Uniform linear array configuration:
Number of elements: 48
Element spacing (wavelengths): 0.5
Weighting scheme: cosine
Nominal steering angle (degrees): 0
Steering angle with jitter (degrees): -1.852
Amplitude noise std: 0.05
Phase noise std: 0.05

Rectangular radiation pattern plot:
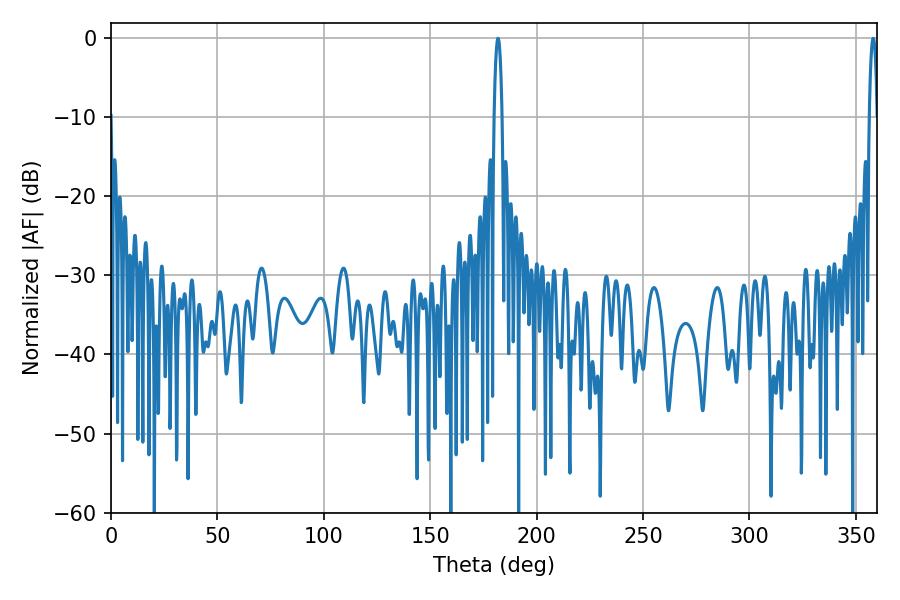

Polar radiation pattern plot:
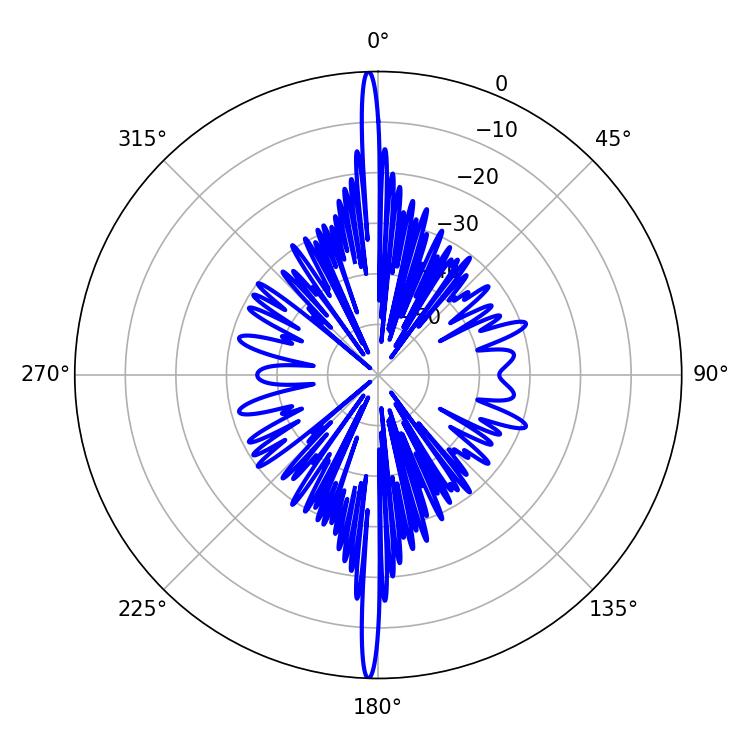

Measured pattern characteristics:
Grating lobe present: FALSE
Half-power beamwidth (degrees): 1.98
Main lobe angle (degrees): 181.8